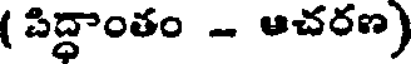
( పిద్ధాంతం - ఆచరణ)